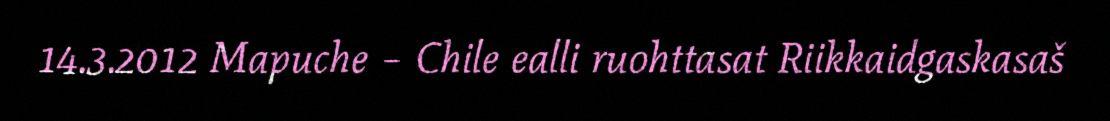
14.3.2012 Mapuche – Chile ealli ruohttasat Riikkaidgaskasaš